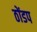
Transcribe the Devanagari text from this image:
ठोंडप